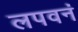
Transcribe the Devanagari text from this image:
लपवनं